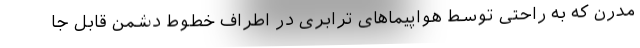
مدرن که به راحتی توسط هواپیماهای ترابری در اطراف خطوط دشمن قابل جا